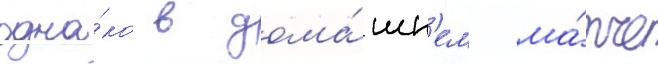
одна́ко в дома́шн'ем ма́тче